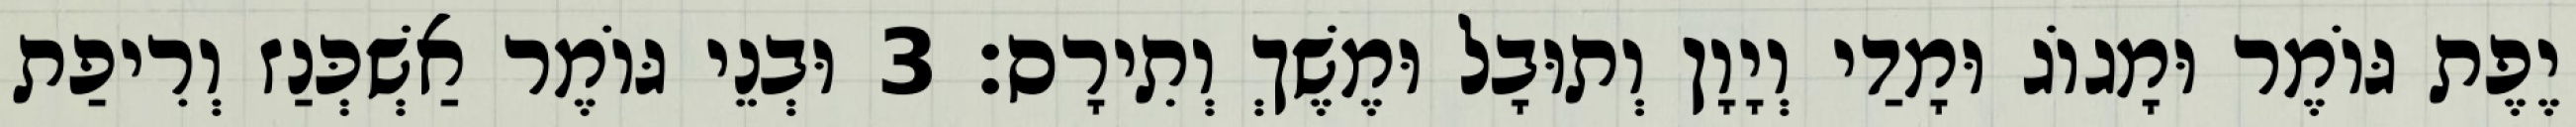
יֶפֶת גּוֹמֶר וּמָגוֹג וּמָדַי וְיָוָן וְתוּבָל וּמֶשֶׁךְ וְתִירָס׃ 3 וּבְנֵי גּוֹמֶר אַשְׁכְּנַז וְרִיפַת